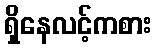
ရှိနေလင့်ကစား